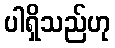
ပါရှိသည်ဟု